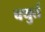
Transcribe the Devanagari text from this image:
चथुर्त